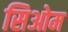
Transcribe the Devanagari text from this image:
सिओम